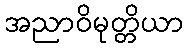
အညာဝိမုတ္တိယာ